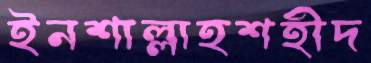
ইনশাল্লাহশহীদ